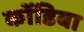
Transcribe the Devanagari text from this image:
कोंडिबा